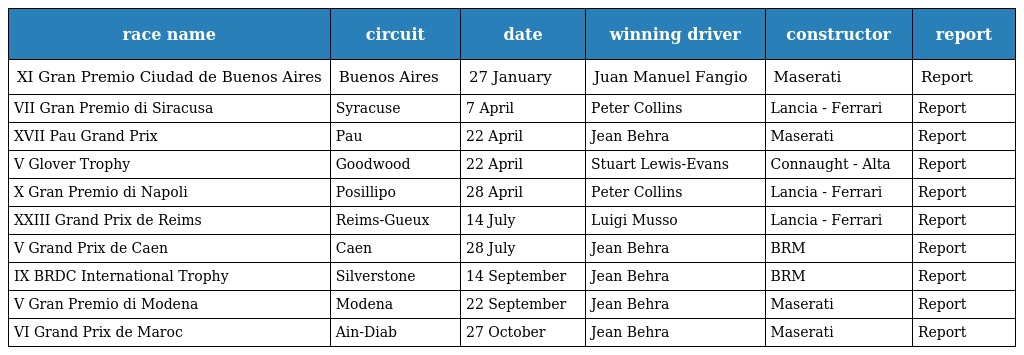
| race name | circuit | date | winning driver | constructor | report |
 | --- | --- | --- | --- | --- | --- |
 | XI Gran Premio Ciudad de Buenos Aires | Buenos Aires | 27 January | Juan Manuel Fangio | Maserati | Report |
 | VII Gran Premio di Siracusa | Syracuse | 7 April | Peter Collins | Lancia - Ferrari | Report |
 | XVII Pau Grand Prix | Pau | 22 April | Jean Behra | Maserati | Report |
 | V Glover Trophy | Goodwood | 22 April | Stuart Lewis-Evans | Connaught - Alta | Report |
 | X Gran Premio di Napoli | Posillipo | 28 April | Peter Collins | Lancia - Ferrari | Report |
 | XXIII Grand Prix de Reims | Reims-Gueux | 14 July | Luigi Musso | Lancia - Ferrari | Report |
 | V Grand Prix de Caen | Caen | 28 July | Jean Behra | BRM | Report |
 | IX BRDC International Trophy | Silverstone | 14 September | Jean Behra | BRM | Report |
 | V Gran Premio di Modena | Modena | 22 September | Jean Behra | Maserati | Report |
 | VI Grand Prix de Maroc | Ain-Diab | 27 October | Jean Behra | Maserati | Report |